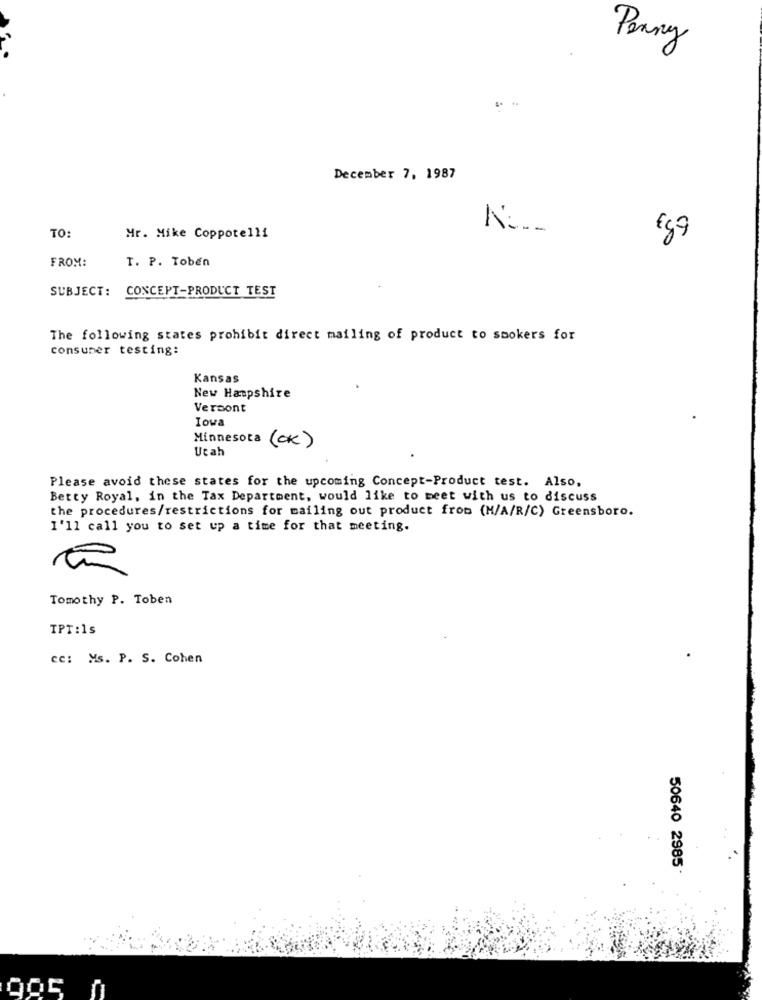
Penny
December 7, 1987
Nº __
TO:
Mr. Mike Coppotelli
€87
FROM:
T. P. Toben
SUBJECT: CONCEPT-PRODUCT TEST
The following states prohibit direct mailing of product to smokers for
consumer testing:
Kansas
New Hampshire
Vermont
Iowa
Minnesota (OK)
Utah
Please avoid these states for the upcoming Concept-Product test. Also,
Betty Royal, in the Tax Department, would like to meet with us to discuss
the procedures/restrictions for mailing out product from (M/A/R/C) Greensboro.
I'll call you to set up a time for that meeting.
Tomothy P. Toben
TPT:1s
cc: Ms. P. S. Cohen
50640 2985